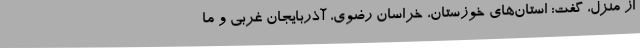
از منزل، گفت: استان‌های خوزستان، خراسان رضوی، آذربایجان غربی و ما